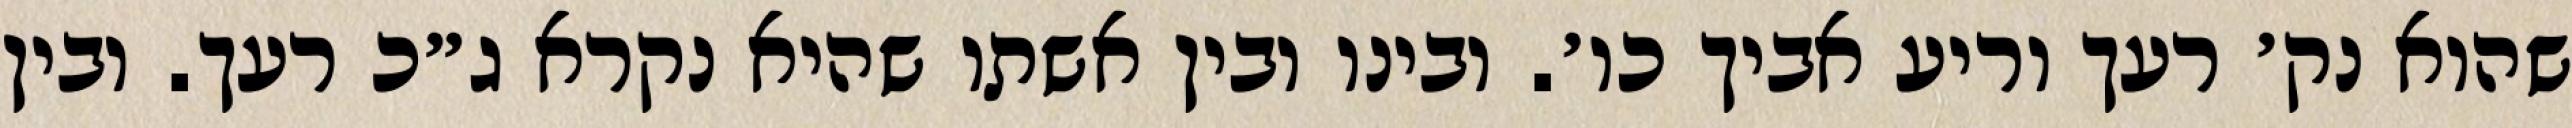
שהוא נק׳ רעך וריע אביך כו׳. ובינו ובין אשתו שהיא נקרא ג״כ רעך. ובין